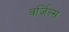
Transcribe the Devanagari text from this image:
वर्जिल्स